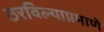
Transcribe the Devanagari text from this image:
ठरविल्याप्रमाणे